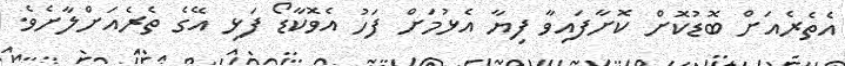
އެތެރެއަށް ބޮޑުކޮށް ކޮށާފައިވާ ފިޔާ އެޅުމަށް ފަހު އެވޮކާޑޯ ފަޅި އޭގެ ތެރެއަށްލާށެވެ.